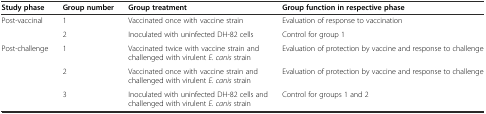
<table><thead><tr><td><b>Study phase</b></td><td><b>Group number</b></td><td><b>Group treatment</b></td><td><b>Group function in respective phase</b></td></tr></thead><tbody><tr><td>Post-vaccinal</td><td>1</td><td>Vaccinated once with vaccine strain</td><td>Evaluation of response to vaccination</td></tr><tr><td></td><td>2</td><td>Inoculated with uninfected DH-82 cells</td><td>Control for group 1</td></tr><tr><td>Post-challenge</td><td>1</td><td>Vaccinated twice with vaccine strain and challenged with virulent <i>E. canis</i> strain</td><td>Evaluation of protection by vaccine and response to challenge</td></tr><tr><td></td><td>2</td><td>Vaccinated once with vaccine strain and challenged with virulent <i>E. canis</i> strain</td><td>Evaluation of protection by vaccine and response to challenge</td></tr><tr><td></td><td>3</td><td>Inoculated with uninfected DH-82 cells and challenged with virulent <i>E. canis</i> strain</td><td>Control for groups 1 and 2</td></tr></tbody></table>